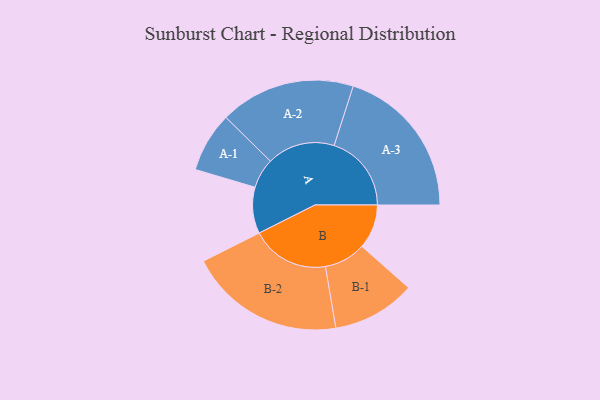
{"axis": {"x": "Segment", "y": "Value"}, "legend": ["", "A", "B"], "data": [{"x": "A", "y": 170, "type": ""}, {"x": "B", "y": 163, "type": ""}, {"x": "A-1", "y": 110, "type": "A"}, {"x": "A-2", "y": 249, "type": "A"}, {"x": "A-3", "y": 284, "type": "A"}, {"x": "B-1", "y": 153, "type": "B"}, {"x": "B-2", "y": 287, "type": "B"}]}